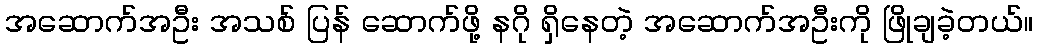
အဆောက်အဦး အသစ် ပြန် ဆောက်ဖို့ နဂို ရှိနေတဲ့ အဆောက်အဦးကို ဖြိုချခဲ့တယ်။